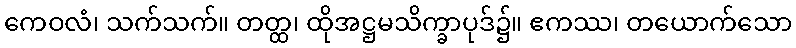
ကေဝလံ၊ သက်သက်။ တတ္ထ၊ ထိုအဋ္ဌမသိက္ခာပုဒ်၌။ ဧကဿ၊ တယောက်သော